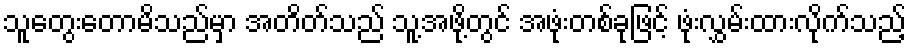
သူတွေးတောမိသည်မှာ အတိတ်သည် သူ့အဖို့တွင် အဖုံးတစ်ခုဖြင့် ဖုံးလွှမ်းထားလိုက်သည့်